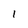
Character: I